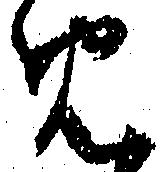
め